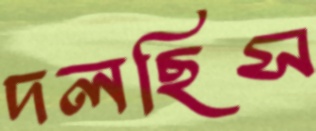
দলছিস